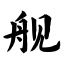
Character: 舰